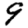
Digit: 9